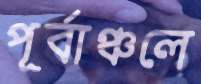
পূর্বাঞ্চলে